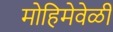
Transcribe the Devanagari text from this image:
मोहिमेवेळी